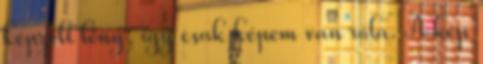
képzelt lény, így csak képem van róla. A kép